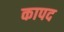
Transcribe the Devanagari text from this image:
कापद